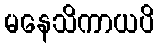
မနေသိကာယပိ